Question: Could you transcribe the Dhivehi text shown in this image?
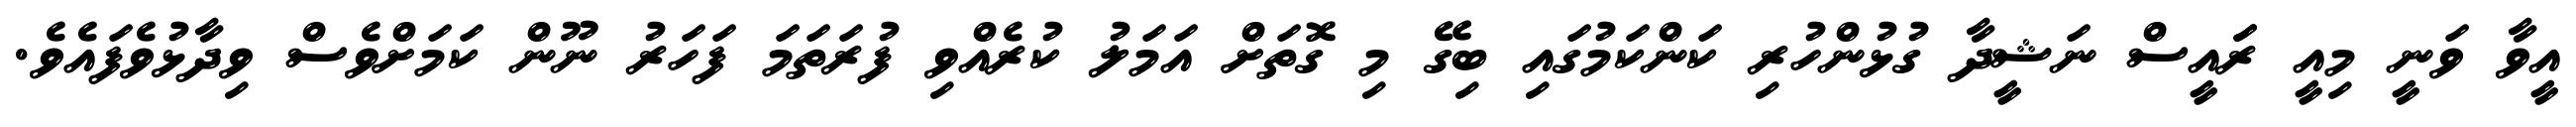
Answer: އީވާ ވަނީ މިއީ ރަައީސް ނަޝީދާ ގުޅުންހުރި ކަންކަމުގައި ބިގޭ މި ގޮތަށް އަމަލު ކުރެއްވި ފުރަތަމަ ފަހަރު ނޫން ކަމަށްވެސް ވިދާޅުވެފައެވެ.